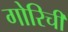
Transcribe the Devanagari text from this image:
गोरिची